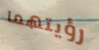
رؤيتهما